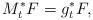
LaTeX: \begin{align*}M_t^*F=g_t^*F,\end{align*}